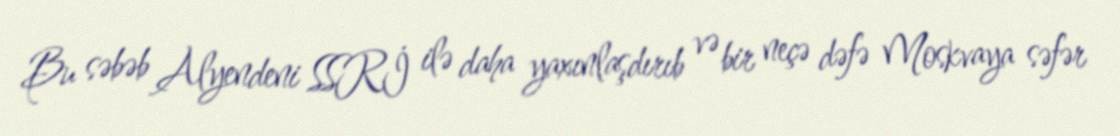
Bu səbəb Alyendeni SSRİ ilə daha yaxınlaşdırıb və bir neçə dəfə Moskvaya səfər